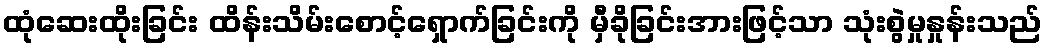
ထုံဆေးထိုးခြင်း ထိန်းသိမ်းစောင့်ရှောက်ခြင်းကို မှီခိုခြင်းအားဖြင့်သာ သုံးစွဲမှုနှုန်းသည်